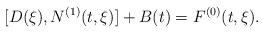
LaTeX: \begin{align*} [D(\xi), N^{(1)}(t,\xi)] + B(t) = F^{(0)}(t,\xi). \end{align*}